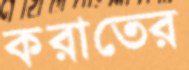
করাতের